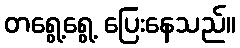
တရွေ့ရွေ့ ပြေးနေသည်။